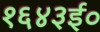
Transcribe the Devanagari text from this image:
१६४३ई०